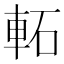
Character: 𨋓